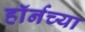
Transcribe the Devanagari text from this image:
हाॅर्नच्या